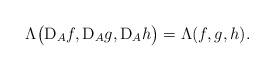
LaTeX: \begin{align*}\Lambda\big(\textup{D}_A f, \textup{D}_A g, \textup{D}_A h\big) = \Lambda(f,g,h).\end{align*}